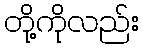
တို့ကိုလည်း